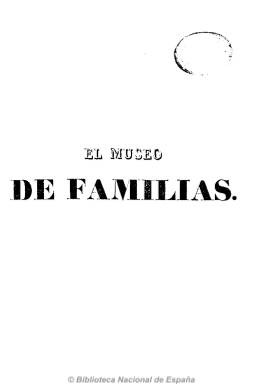
Título: El Museo de familias (Barcelona)
Otros títulos: Museo de familias o Revista universal || El Museo de familias o Revista universal || Revista universal || Revista universal
Colección: Semanarios de amenidades
Ámbito geográfico: Barcelona
Lugar de publicación: Barcelona
Fechas: 01/01/1838-31/12/1841

Magazín ilustrado barcelonés, fundado y dirigido por Antoni Bergnes de las Casas (1801-1879), que lo estampa en su propia imprenta, inspirado en las revistas inglesas y francesas de la época, siendo su título una traducción literal de Le musée des famillles, del que traduce también bastantes artículos, y enmarcado en lo literario en el movimiento romántico.

Contiene artículos divulgativos de ciencias físicas, naturales y médicas, resaltando los publicados sobre la teoría evolucionista de Lamarck y otros científicos; estando más atento que otras revistas similares del periodo a la sociedad industrializada, con artículos sobre economía política, comercio y agricultura, así como otros sobre filosofía, moral, educación, religión, biografía y bibliografía. También publica cuadros costumbristas, de arqueología y antigüedades, historia, bellas artes, teatro y viajes. También proporciona composiciones poéticas (romances, etc.).

Entre sus principales colaboradores destacan el escritor aragonés José Mor de Fuentes (1762-1848), el arquitecto Antoni Rovira Trías (1816-1889), el musicólogo Antoni Fargas Soler (1813-1888) y el historiador Joaquín María Bover (1810-1865). Destacan también los primeros artículos sobre técnica fotográfica (dagerotipo) publicados en España, por Pere Felip Monlau.

Además de los que reproduce de otras revistas europeas, resaltan sus grabados locales de antigüedades y arqueología, así como los de monumentos, vistas, paisajes y los de animales, además de los dibujos y los cuadros costumbristas que ilustran los textos.

Entre los autores de los grabados y xilografías locales resaltan Miquel Torner, Josep Gaspar y Jaime Batlle, además de Joan Prats y P. Martínez.

Apareció con una frecuencia mensual. Editó un total de 32 números, con foliación seguida, y su colección forma cinco tomos. Insertó índices de materias. Fue continuado por Álbum pintoresco universal (1841-1843), de Francesc Oliva.